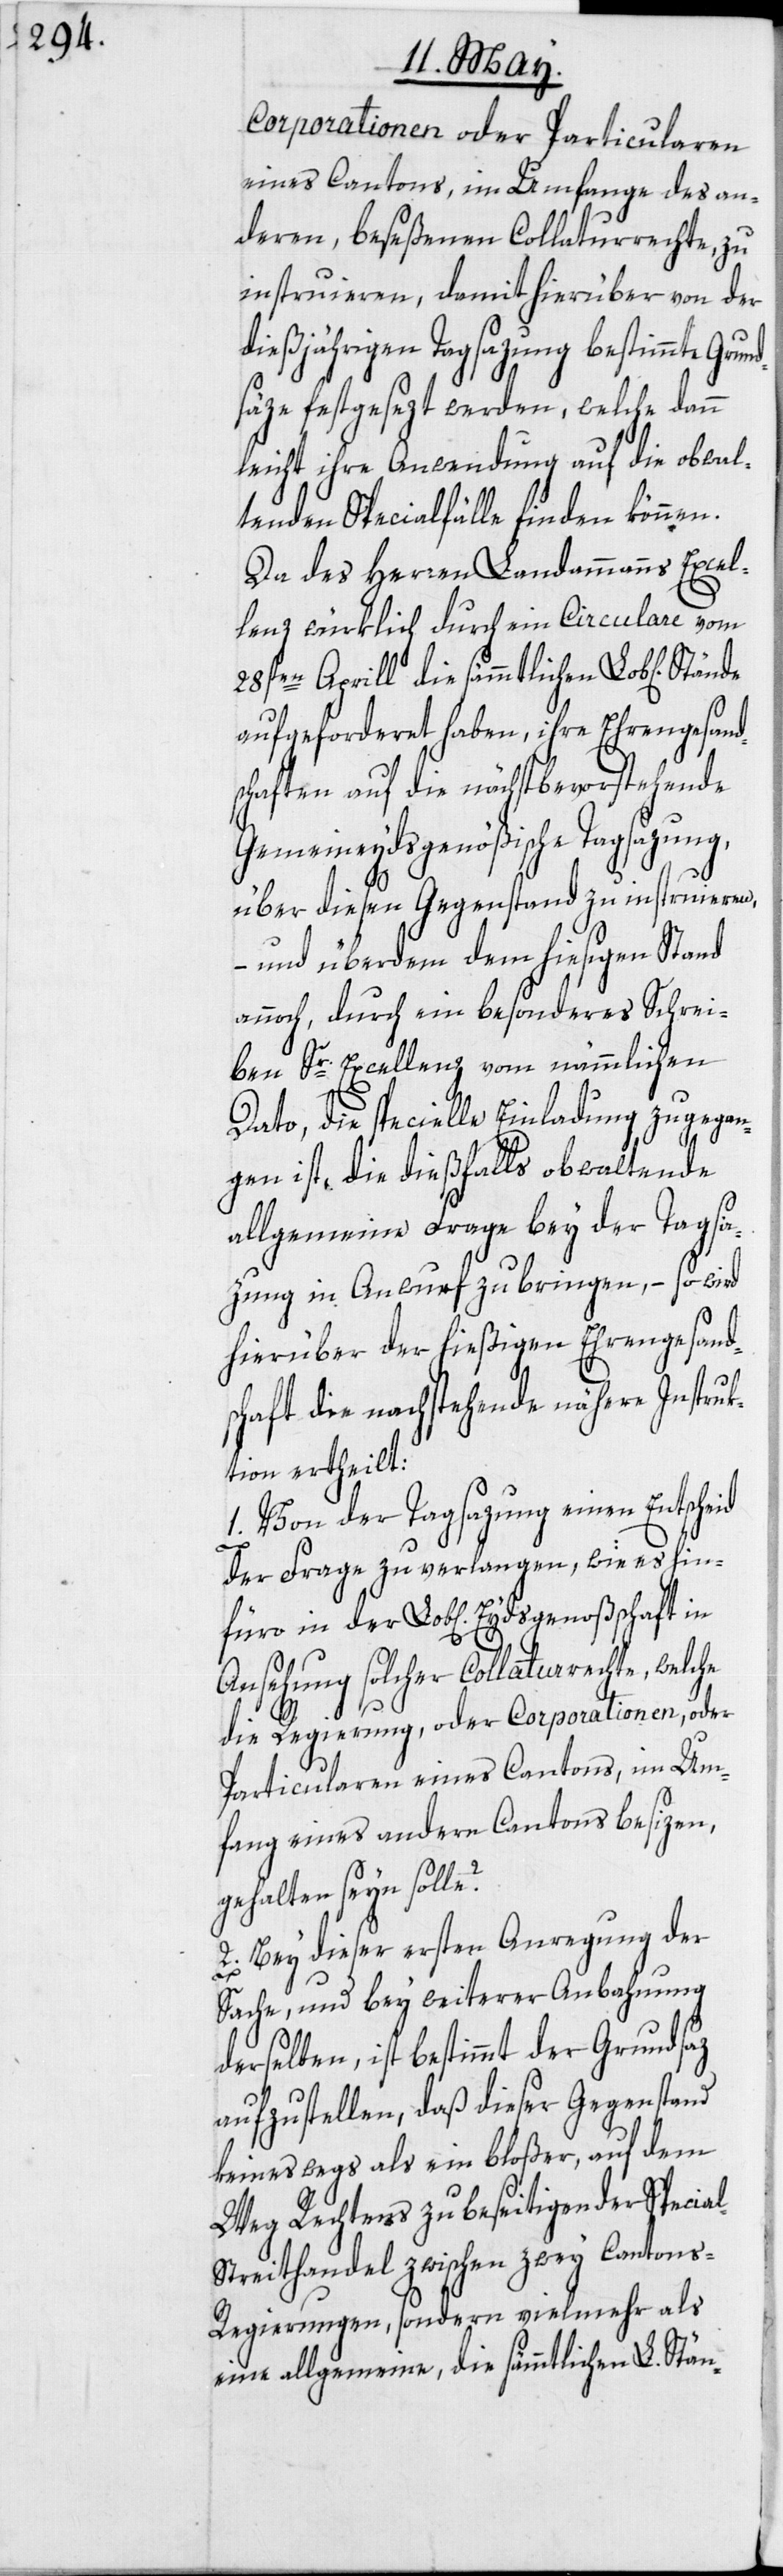
Corporationen oder Particularen
eines Cantons, im Umfange des an¬
deren, beseßenen Collaturrechte, zu
instruieren, damit hierüber von der
dießjährigen Tagsazung bestimmte Grun¬
säze festgesezt werden, welche dann
leicht ihre Anwendung auf die obwal¬
tenden Specialfälle finden können.
Da des Herren Landammanns Excel¬
lenz würklich durch ein Circulare vom
28sten Aprill die sämmtlichen Lob[lichen]
aufgeforderet haben, ihre Ehrengesand¬
schaften auf die nächstbevorstehende
Gemeineydsgenößische Tagsazung,
über diesen Gegenstand zu instruieren,
– und überdem dem hiesigen Stand
annoch, durch ein besonderes Schrei¬
ben Sr. Excellenz vom nämmlichen
Dato, die specielle Einladung zugegan¬
gen ist, die dießfalls obwaltende
allgemeine Frage bey der Tagsa¬
zung in Anwurf zu bringen, – so wird
hierüber der hießigen Ehrengesand¬
schaft die nachstehende nähere Instruk¬
tion ertheilt:
1. Von der Tagsazung einen Entscheid
d¬
der Frage zu verlangen, wie es hin¬
füro in der Lob[lichen] Eydsgenoßschaft in
Ansehung solcher Collaturrechte, welche
die Regierung, oder Corporationen, oder
Particularen eines Cantons, im Um¬
fang eines andern Cantons besizen,
gehalten seyn solle?
2. Bey dieser ersten Anregung der
Sache, und bey weiterer Anbahnung
derselben, ist bestimmt der Grundsaz
aufzustellen, daß dieser Gegenstand
keineswegs als ein bloßer, auf dem
Weg Rechtens zu beseitigender Specia¬
l-Streithandel zwischen zwey Canton¬
s-Regierungen, sondern vielmehr als
eine allgemeine, die sämmtlichen L. Stän-